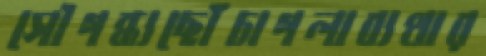
সৌগন্ধ্যছোঁচাগলাব্যথার